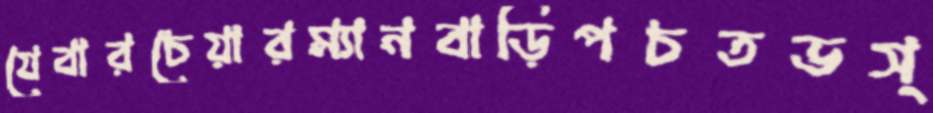
যেবারচেয়ারম্যানবাড়িপচতভস্